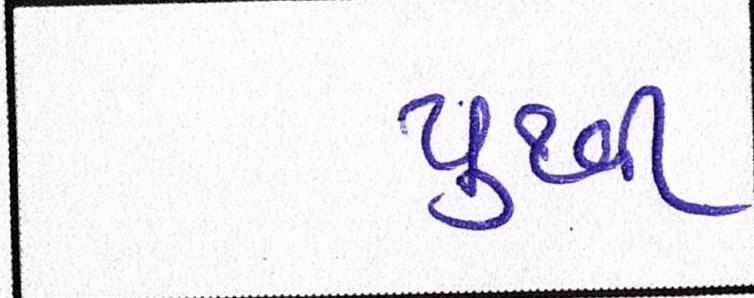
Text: પુથ્વી